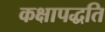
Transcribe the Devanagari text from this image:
कक्षापद्धति